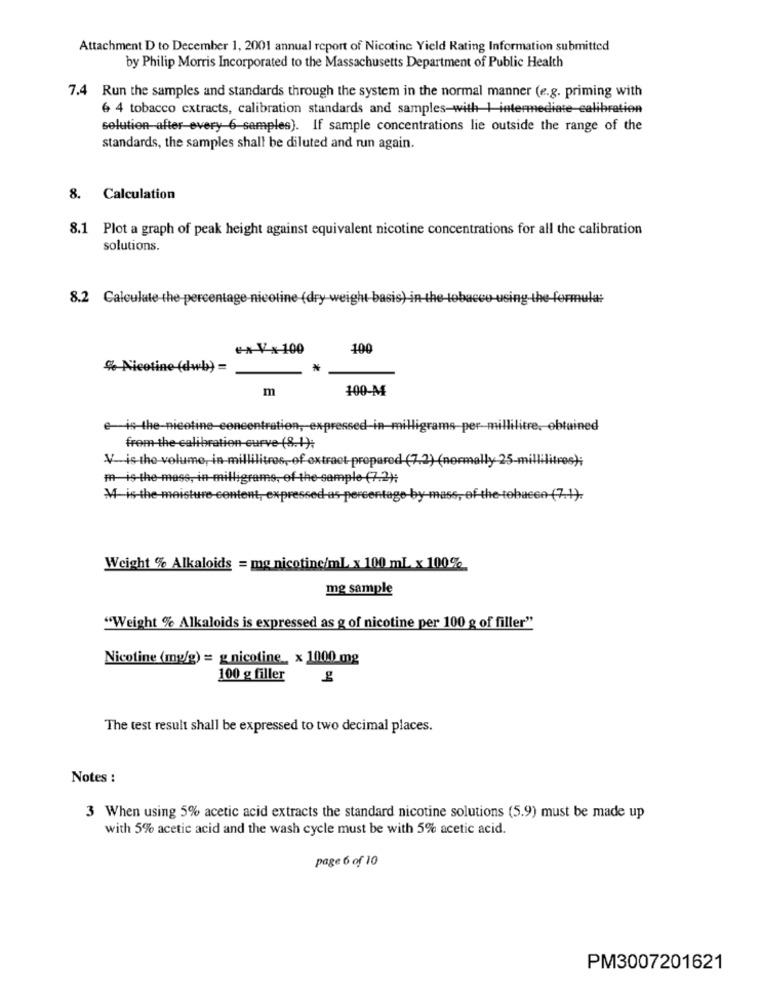
Attachment D to December 1, 2001 annual report of Nicotine Yield Rating Information submitted
by Philip Morris Incorporated to the Massachusetts Department of Public Health
7.4 Run the samples and standards through the system in the normal manner (e.g. priming with
6 4 tobacco extracts, calibration standards and samples-with 1 intermediate-calibration
solution-after-every 6-samples). If sample concentrations lie outside the range of the
standards, the samples shall be diluted and run again.
8. Calculation
8.1 Plot a graph of peak height against equivalent nicotine concentrations for all the calibration
solutions.
8.2 Calculate the percentage-nicoline (dry weit
ex-Vx 100
100
% Nicotine (dwb) =
₦
m
100-M
e-is-the-nicotine-concentration, expressed-in
Milligrams-per-millilitre, obtained
from-the-calibration curve (8.1);
V-is-the-volume, in-millilitres, of extract-prepared (7.2) (normally 25-millilitres);
m-is-the-mass, in-milligrams, of the sample (7.2);
M4-is-the-moisture-content, expressed as-percentage-by-mass, of -the-tobacco (7.1).
Weight % Alkaloids = mg nicotine/mL x 100 mL x 100%
mg sample
"Weight % Alkaloids is expressed as g of nicotine per 100 g of filler"
Nicotine (mg/g) = g nicotine. x 1000 mg
100 g filler
The test result shall be expressed to two decimal places.
Notes :
3 When using 5% acetic acid extracts the standard nicotine solutions (5.9) must be made up
with 5% acetic acid and the wash cycle must be with 5% acetic acid.
page 6 of 10
PM3007201621